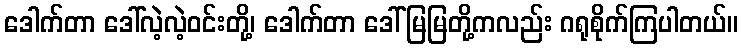
ဒေါက်တာ ဒေါ်လဲ့လဲ့ဝင်းတို့၊ ဒေါက်တာ ဒေါ်မြမြတို့ကလည်း ဂရုစိုက်ကြပါတယ်။